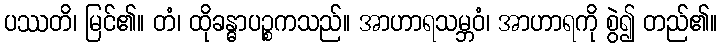
ပဿတိ၊ မြင်၏။ တံ၊ ထိုခန္ဓာပဉ္စကသည်။ အာဟာရသမ္ဘဝံ၊ အာဟာရကို စွဲ၍ တည်၏။